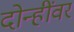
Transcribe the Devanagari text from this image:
दोन्हींवर